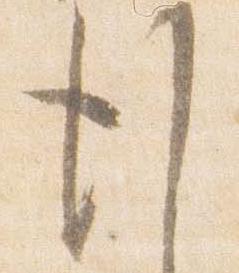
行